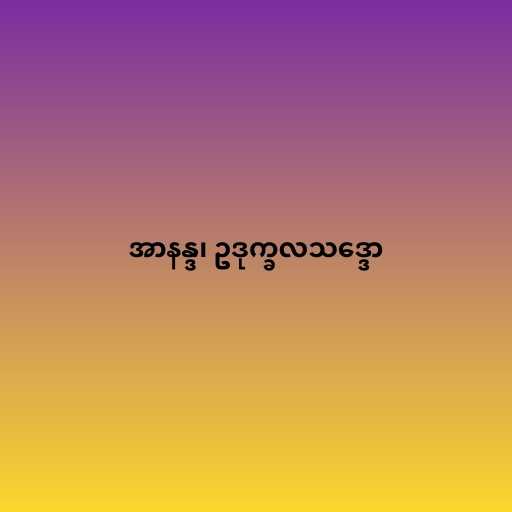
အာနန္ဒ၊ ဥဒုက္ခလသဒ္ဒော